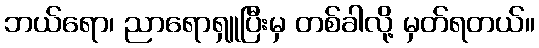
ဘယ်ရော၊ ညာရောရှူပြီးမှ တစ်ခါလို့ မှတ်ရတယ်။